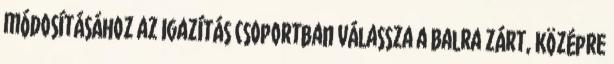
módosításához az Igazítás csoportban válassza a Balra zárt, Középre